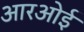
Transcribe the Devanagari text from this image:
आरओई